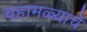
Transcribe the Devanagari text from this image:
चहामळ्याचे